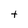
Character: t